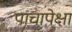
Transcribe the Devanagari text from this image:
पाचापेक्षा